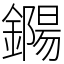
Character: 鐊